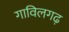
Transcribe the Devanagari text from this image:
गाविलगढ़